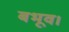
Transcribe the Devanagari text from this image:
बभूव।